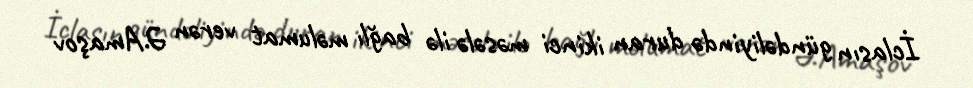
İclasın gündəliyində duran ikinci məsələ ilə bağlı məlumat verən Ə.Amaşov